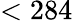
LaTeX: <284